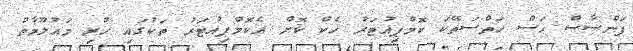
ފަންސާސް ހަސް ހަތްސަތޭކަ ކޮމްޕިއުޓަރު ހެކް ކޮށް އެކޮމްޕިއުޓަރު ތަކުގައި ހުރި މައުލޫމާތު